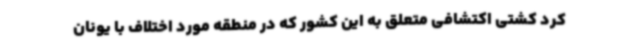
کرد کشتی اکتشافی متعلق به این کشور که در منطقه مورد اختلاف با یونان